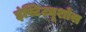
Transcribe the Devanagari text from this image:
इंस्टिट्यूशोंस